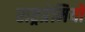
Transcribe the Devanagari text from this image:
राष्ट्रप्रेमियों